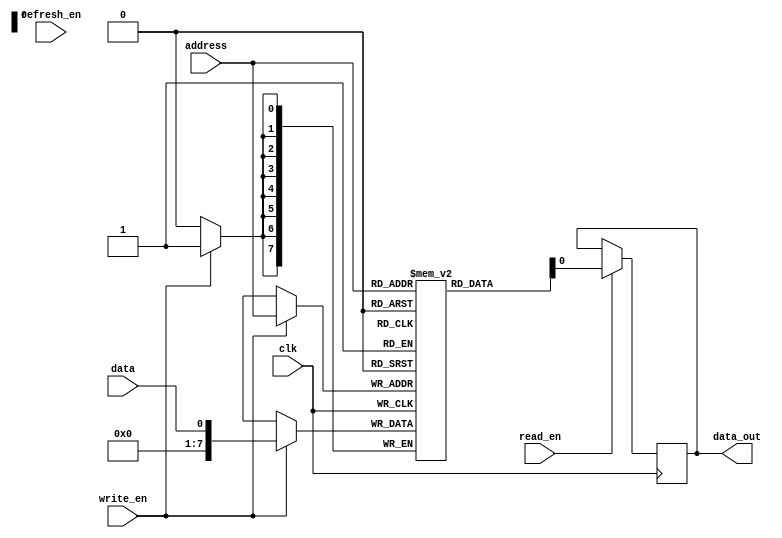
module DRAM (
    input wire clk,
    input wire [7:0] address,
    input wire data,
    input wire write_en,
    input wire read_en,
    input wire refresh_en,
    output reg data_out
);

reg [7:0] memory [0:255]; // 256 rows in memory unit

always @(posedge clk) begin
    if (write_en) begin
        memory[address] <= data;
    end
    
    if (read_en) begin
        data_out <= memory[address];
    end
    
    if (refresh_en) begin
        // refresh memory cells
    end
end

endmodule